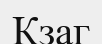
Кзаг